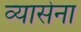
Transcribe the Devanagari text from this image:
व्यासेना